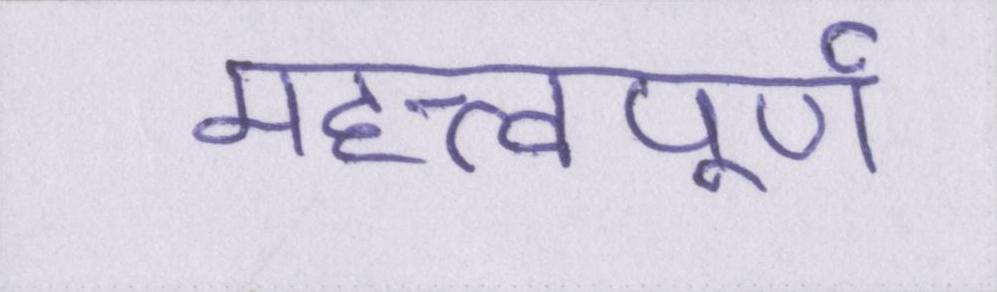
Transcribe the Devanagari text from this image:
महत्त्वपूर्ण